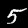
Digit: 5